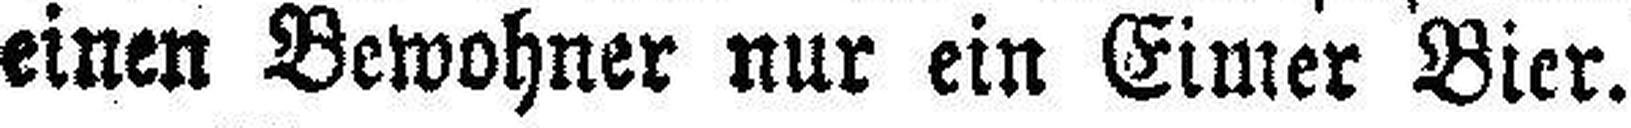
einen Bewohner nur ein Eimer Bier.